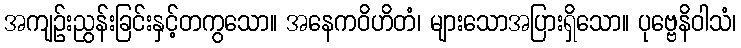
အကျဉ်းညွန်းခြင်းနှင့်တကွသော။ အနေကဝိဟိတံ၊ များသောအပြားရှိသော။ ပုဗ္ဗေနိဝါသံ၊